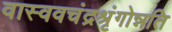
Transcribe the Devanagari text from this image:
वास्ववचंद्रश्रृंगोन्नति